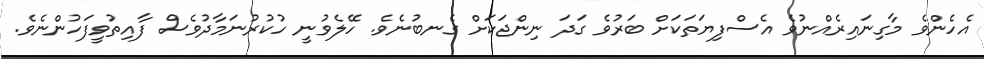
އެހެންވެ މާގިނައިރެއްނުވެ އެސްފިޔަތަކަށް ބަރުވެ ގަދަ ނިންޖަކަށް ގެނބުނެވެ. ހޭލެވުނީ ހުކުރުނަމާދުވެސް ފާއިތުވީފަހުންނެވެ.